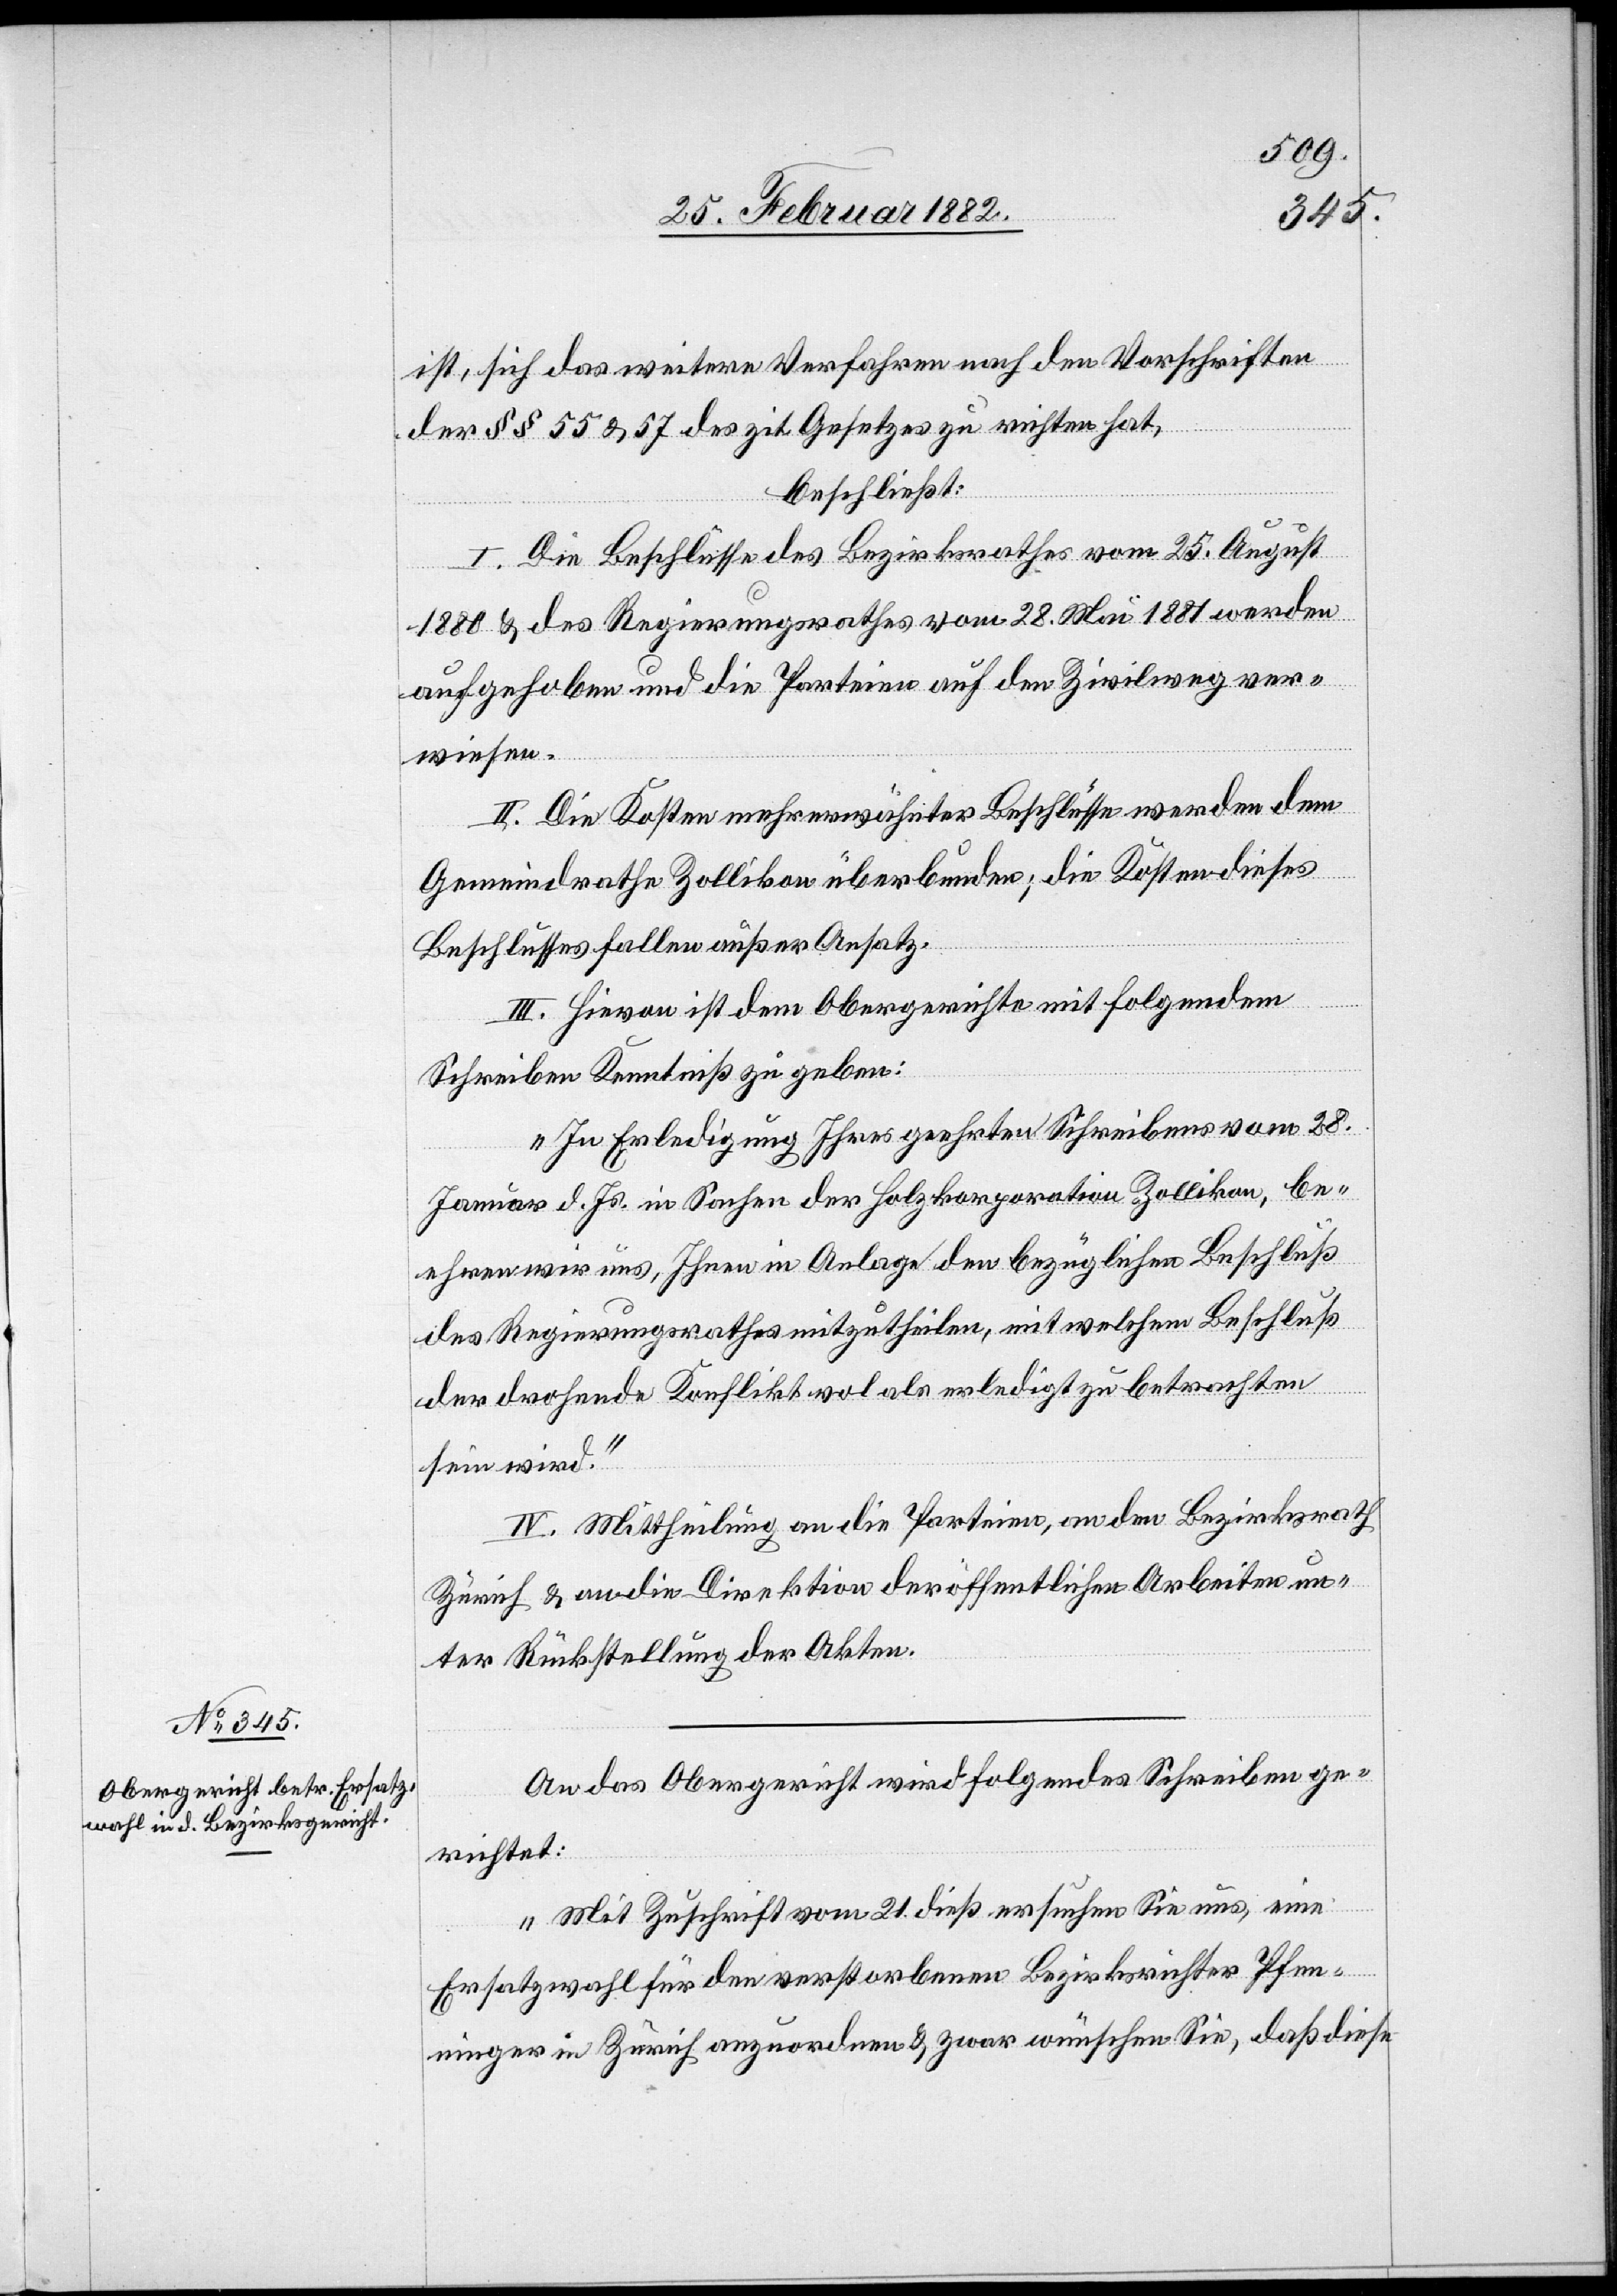
ist, sich das weitere Verfahren nach den Vorschriften
der §§ 55 & 57 des zit. Gesetzes zu richten hat,
beschließt:
I. Die Beschlüsse des Bezirksrathes vom 25. August
1880 & des Regierungsrathes vom 28. Mai 1881 werden
aufgehoben und die Parteien auf den Zivilweg ver¬
wiesen.
II. Die Kosten mehrerwähnter Beschlüsse werden dem
Gemeindrath Zollikon überbunden; die Kosten dieses
Beschlusses fallen außer Ansatz.
III. Hievon ist dem Obergerichte mit folgendem
Schreiben Kenntniß zu geben:
„In Erledigung Ihres geehrten Schreibens vom 28.
Januar d. Js. in Sachen der Holzkorporation Zollikon, be¬
ehren wir uns, Ihnen in Anlage den bezüglichen Beschluß
des Regierungsrathe mitzutheilen, mit welchem Beschluß
der drohende Konflikt wol als erledigt zu betrachten
sein wird.“
IV. Mittheilung an die Parteien, an den Bezirksrath
Zürich & an die Direktion der öffentlichen Arbeiten un¬
ter Rückstellung der Akten.
An das Obergericht wird folgendes Schreiben ge¬
richtet:
„Mit Zuschrift vom 21. dieß ersuchen Sie uns, eine
Ersatzwahl für den verstorbenen Bezirksrichter Pfen¬
ninger in Zürich, anzuordnen & zwar wünschen Sie, daß diese